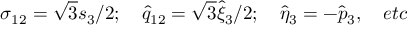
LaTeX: \sigma _ { 1 2 } = { \sqrt 3 } { s _ { 3 } } / 2 ; \quad { \hat { q } } _ { 1 2 } = { \sqrt 3 } { { \hat { \xi } } _ { 3 } } / 2 ; \quad { \hat { \eta } } _ { 3 } = - { \hat { p } } _ { 3 } , \quad e t c